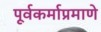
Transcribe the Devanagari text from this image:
पूर्वकर्माप्रमाणे